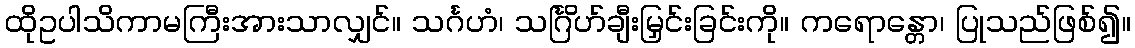
ထိုဥပါသိကာမကြီးအားသာလျှင်။ သင်္ဂဟံ၊ သင်္ဂြိဟ်ချီးမြှင်းခြင်းကို။ ကရောန္တော၊ ပြုသည်ဖြစ်၍။